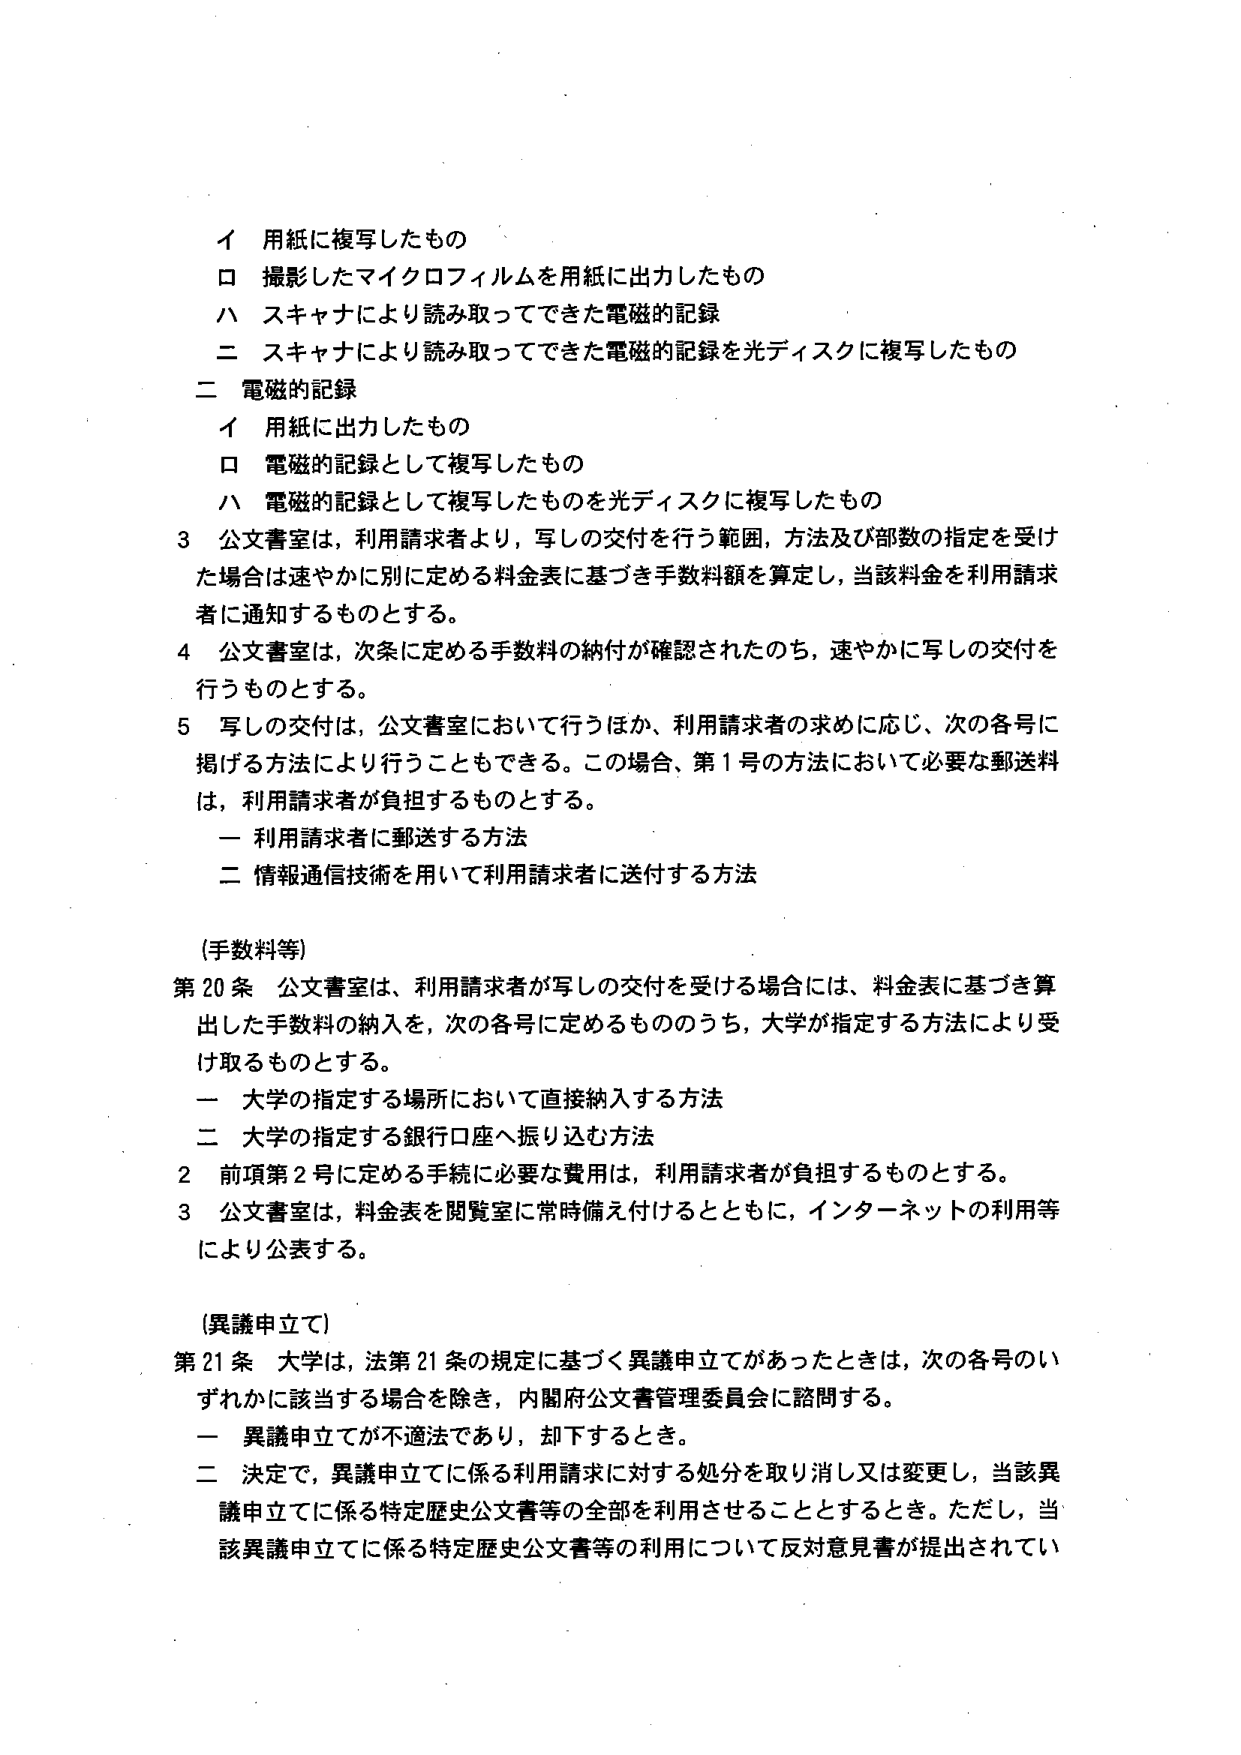
イ 用紙に複写したもの
ロ 撮影したマイクロフィルムを用紙に出力したもの
ハ スキャナにより読み取ってできた電磁的記録
二 スキャナにより読み取ってできた電磁的記録を光ディスクに複写したもの

二 電磁的記録
イ 用紙に出力したもの
ロ 電磁的記録として複写したもの
ハ 電磁的記録として複写したものを光ディスクに複写したもの

3 公文書室は、利用請求者より、写しの交付を行う範囲、方法及び部数の指定を受けた場合は速やかに別に定める料金表に基づき手数料額を算定し、当該料金を利用請求者に通知するものとする。

4 公文書室は、次条に定める手数料の納付が確認されたのち、速やかに写しの交付を行うものとする。

5 写しの交付は、公文書室において行うほか、利用請求者の求めに応じ、次の各号に掲げる方法により行うこともできる。この場合、第1号の方法において必要な郵送料は、利用請求者が負担するものとする。
一 利用請求者に郵送する方法
二 情報通信技術を用いて利用請求者に送付する方法

(手数料等)
第20条 公文書室は、利用請求者が写しの交付を受ける場合には、料金表に基づき算出した手数料の納入を、次の各号に定めるもののうち、大学が指定する方法により受け取るものとする。
一 大学の指定する場所において直接納入する方法
二 大学の指定する銀行口座へ振り込む方法
2 前項第2号に定める手続に必要な費用は、利用請求者が負担するものとする。
3 公文書室は、料金表を閲覧室に常時備え付けるとともに、インターネットの利用等により公表する。

(異議申立て)
第21条 大学は、法第21条の規定に基づく異議申立てがあったときは、次の各号のいずれかに該当する場合を除き、内閣府公文書管理委員会に諮問する。
一 異議申立てが不適法であり、却下するとき。
二 決定で、異議申立てに係る利用請求に対する処分を取り消し又は変更し、当該異議申立てに係る特定歴史公文書等の全部を利用させることとするとき。ただし、当該異議申立てに係る特定歴史公文書等の利用について反対意見書が提出されてい